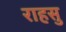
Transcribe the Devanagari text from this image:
राहसु